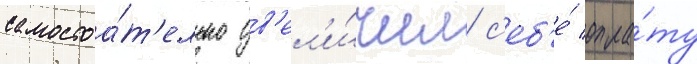
самостоа́т'ельно ув'ел'и́чил с'еб'е́ опла́ту